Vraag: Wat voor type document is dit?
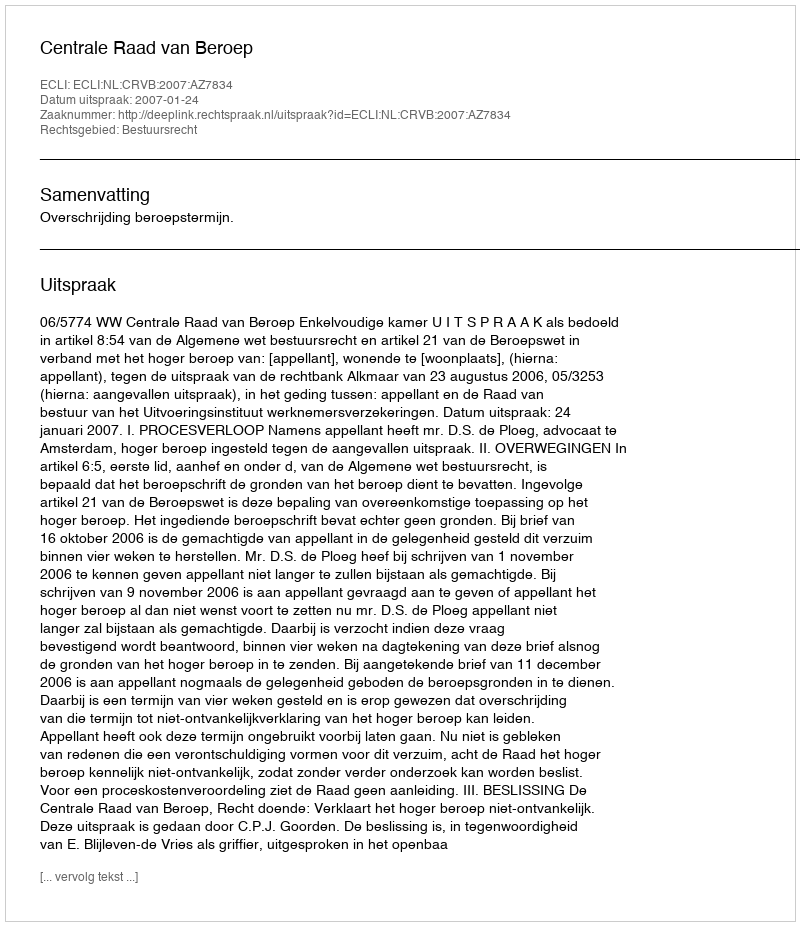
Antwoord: Uitspraak